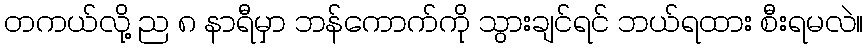
တကယ်လို့ ည ၈ နာရီမှာ ဘန်ကောက်ကို သွားချင်ရင် ဘယ်ရထား စီးရမလဲ။